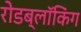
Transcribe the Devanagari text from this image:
रोडब्लॉकिंग